Annual report of the Central Committee of the Association together with the report of the directors of the Pasteur Institute at Kasauli
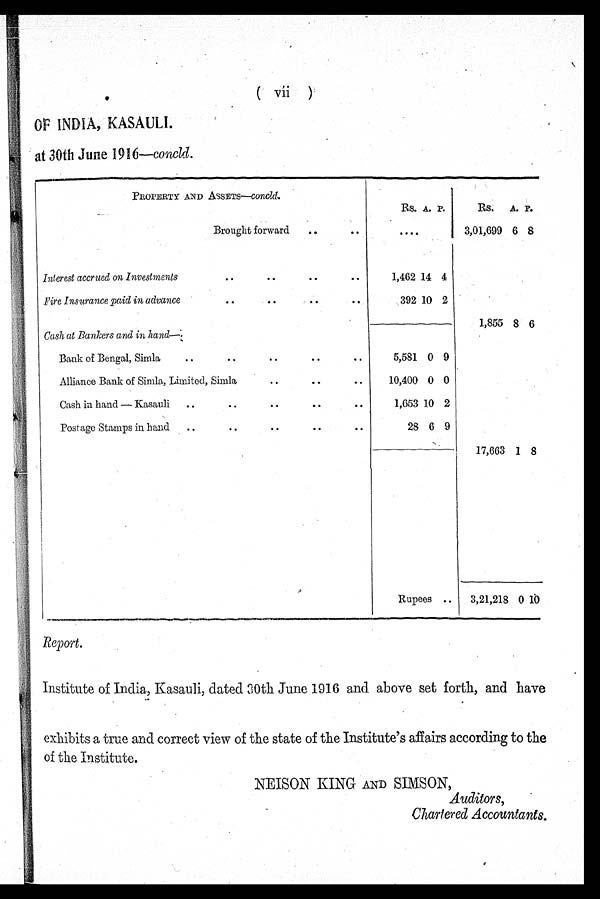
( vii )
OF INDIA KASAULI.
at 30th June 1916—concld.
PROPERTY ANDASSETS—c o n c l d .
Rs. A. P.
Rs. A. P.
Brought forward
. .
..
. . . .
3,01,699 6 8
Interest accrued on Investments
. .
. .
. .
. .
1,462
14
4
fire Insurance paid in advance
. .
. .
. .
. .
3 9 2 10 2
1,855 8 6
Cash at Bankers and in hand—:
Bank of Bengal, Simla
. .
. .
. .
. .
. .
5,581 0 9
Alliance Bank of Simla, Limited, Simla
. .
. .
. . .
10,400 0 0
Cash in hand — Kasauli . .
. .
. .
. .
. .
1,653 10 2
Postage Stamps in hand . .
. .
. .
. .
. .
28 6 9
17,663 1 8
Rupees ..
3,21,2180
10
Report.
Institute of India, Kasauli, dated 30th June 1916 and above set forth, and have
exhibits a true and correct view of the state of the Institute's affairs according to the
of the Institute.
NEISON KING AND SIMSON,
Auditors,
Chartered Accountants.